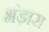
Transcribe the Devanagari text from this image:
भंड़ारा